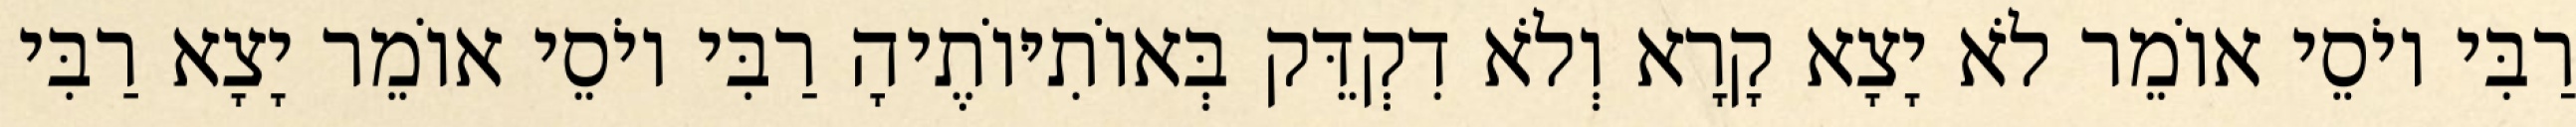
רַבִּי יוֹסֵי אוֹמֵר לֹא יָצָא קָרָא וְלֹא דִקְדֵּק בְּאוֹתִיּוֹתֶיהָ רַבִּי יוֹסֵי אוֹמֵר יָצָא רַבִּי